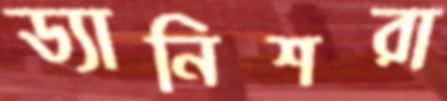
ড্যানিশরা